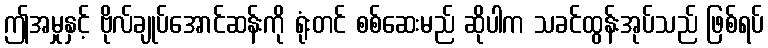
ဤအမှုနှင့် ဗိုလ်ချုပ်အောင်ဆန်းကို ရုံးတင် စစ်ဆေးမည် ဆိုပါက သခင်ထွန်းအုပ်သည် ဖြစ်ရပ်